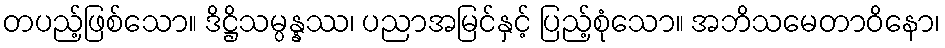
တပည့်ဖြစ်သော။ ဒိဋ္ဌိသမ္ပန္နဿ၊ ပညာအမြင်နှင့် ပြည့်စုံသော။ အဘိသမေတာဝိနော၊